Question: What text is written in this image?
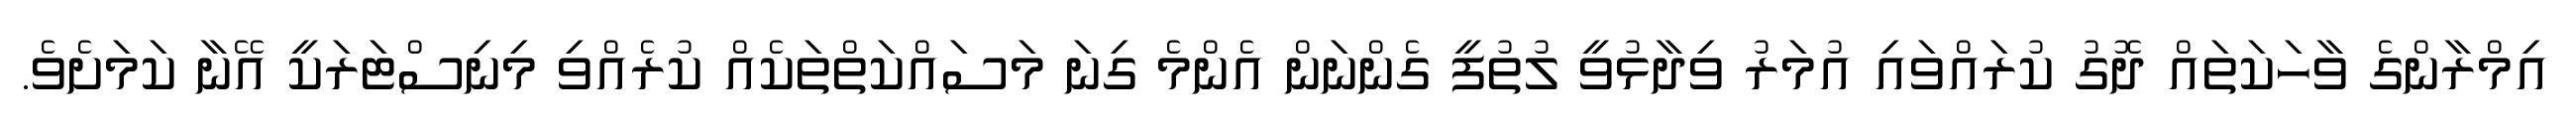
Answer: އިމްރާންގެ ވާހަކަތައް ދޮގު ކުރައްވައި އުމަރު ވިދާޅުވީ ލުތުފީ ގެންނަން އެންމެ ގިނަ މަސައްކަތްތަކެއް ކުރެއްވި މިނިސްޓަރަކީ އޭނާ ކަމަށެވެ.